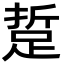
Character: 踅